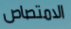
الامتصاص